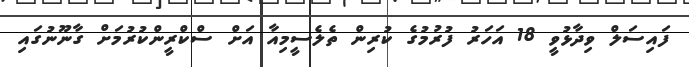
ފައިސަލް ވިދާޅުވީ 18 އަހަރު ފުރުމުގެ ކުރިން ތެލެސީމިއާ އަށް ސްކްރީންކުރުމަށް ގާނޫނުގައި